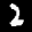
Label: 2